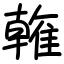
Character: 雗